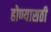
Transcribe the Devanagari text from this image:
होण्यासठी